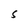
Character: S